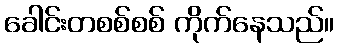
ခေါင်းတစစ်စစ် ကိုက်နေသည်။